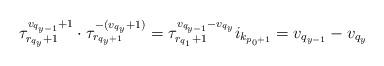
LaTeX: \begin{align*} \tau_{r_{q_y}+1}^{v_{q_{y-1}}+1} \cdot \tau_{r_{q_y+1}}^{-(v_{q_y}+1)}=\tau_{r_{q_1}+1}^{v_{q_{y-1}}-v_{q_y}}i_{k_{p_0+1}}=v_{q_{y-1}}-v_{q_y} \end{align*}